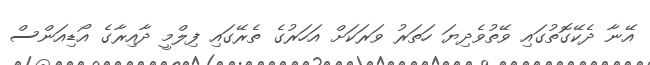
އޭނާ ދެކޭގޮތުގައި ވޭތުވެދިޔަ ހަތަރު ވަރަކަށް އަހަރުގެ ތެރޭގައި ފިލްމީ ދާއިރާގެ އޯޑިއަންސް